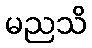
မညသိ